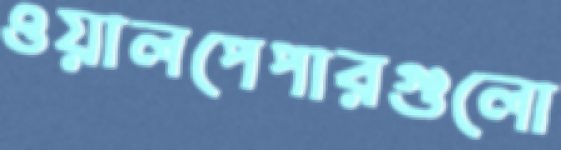
ওয়ালপেপারগুলো